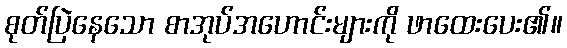
စုတ်ပြဲနေသော စာအုပ်အဟောင်းများကို ဖာထေးပေး၏။